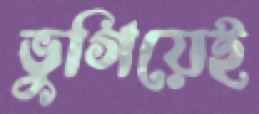
ভুগিয়েই